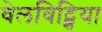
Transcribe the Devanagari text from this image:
वेलविट्शिया